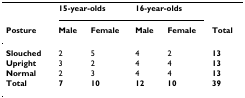
<table><thead><tr><td></td><td colspan="2"><b>15-year-olds</b></td><td colspan="2"><b>16-year-olds</b></td><td></td></tr><tr><td><b>Posture</b></td><td><b>Male</b></td><td><b>Female</b></td><td><b>Male</b></td><td><b>Female</b></td><td><b>Total</b></td></tr></thead><tbody><tr><td><b>Slouched</b></td><td>2</td><td>5</td><td>4</td><td>2</td><td><b>13</b></td></tr><tr><td><b>Upright</b></td><td>3</td><td>2</td><td>4</td><td>4</td><td><b>13</b></td></tr><tr><td><b>Normal</b></td><td>2</td><td>3</td><td>4</td><td>4</td><td><b>13</b></td></tr><tr><td><b>Total</b></td><td><b>7</b></td><td><b>10</b></td><td><b>12</b></td><td><b>10</b></td><td><b>39</b></td></tr></tbody></table>